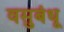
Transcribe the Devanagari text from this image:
वसुबंधू